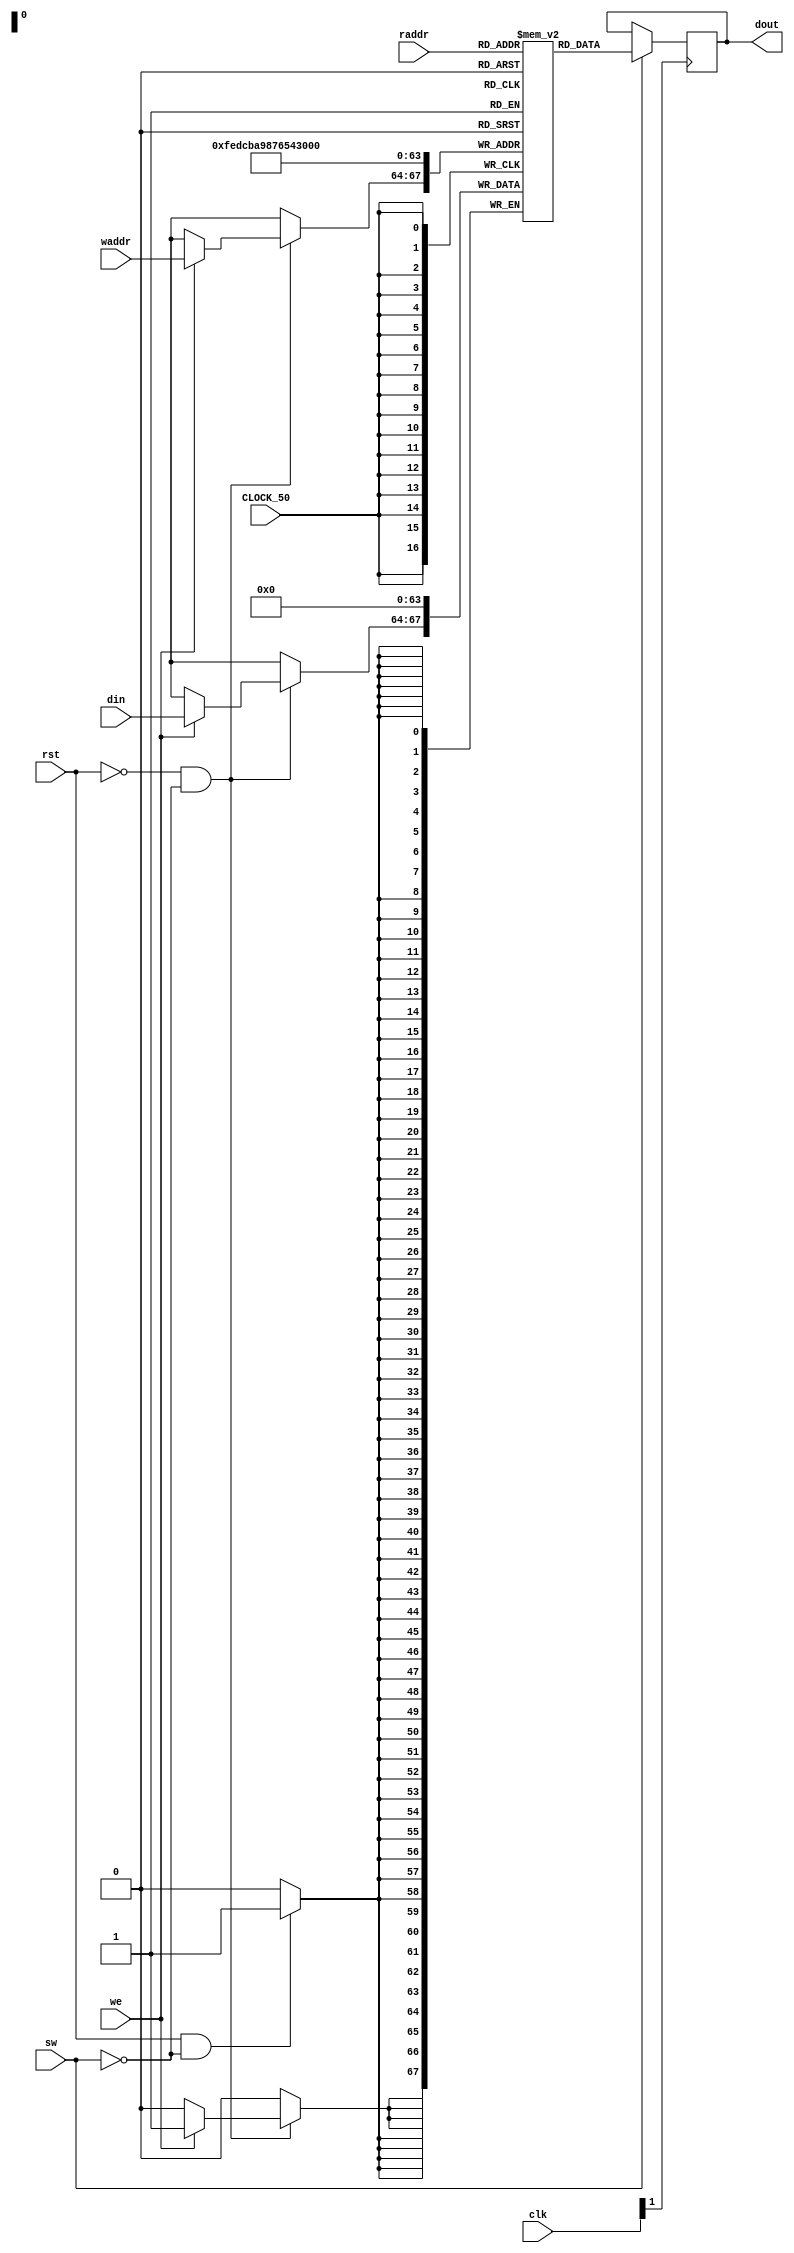
module my_ram (
   input [3:0]       clk,
	input 				CLOCK_50,
	input					rst,
	input					sw,
   input [3:0]      	raddr,
	input [3:0] 		waddr,
   input [3:0]       din,
   input             we,
   output reg [3:0]  dout
   );
   
   reg [3:0] arr [0:15];
	
	initial begin
		arr[0] = 4'b0;
		arr[1] = 4'b0;
		arr[2] = 4'b0;
		arr[3] = 4'b0;
		arr[4] = 4'b0;
		arr[5] = 4'b0;
		arr[6] = 4'b0;
		arr[7] = 4'b0;
		arr[8] = 4'b0;
		arr[9] = 4'b0;
		arr[10] = 4'b0;
		arr[11] = 4'b0;
		arr[12] = 4'b0;
		arr[13] = 4'b0;
		arr[14] = 4'b0;
		arr[15] = 4'b0;
		dout = 0;
	end
	
	always @(posedge CLOCK_50) begin
		if (rst == 1 && sw == 0) begin
			arr[0] <= 4'b0;
			arr[1] <= 4'b0;
			arr[2] <= 4'b0;
			arr[3] <= 4'b0;
			arr[4] <= 4'b0;
			arr[5] <= 4'b0;
			arr[6] <= 4'b0;
			arr[7] <= 4'b0;
			arr[8] <= 4'b0;
			arr[9] <= 4'b0;
			arr[10] <= 4'b0;
			arr[11] <= 4'b0;
			arr[12] <= 4'b0;
			arr[13] <= 4'b0;
			arr[14] <= 4'b0;
			arr[15] <= 4'b0;
		end
		if (rst == 0 && sw == 0)
			if (we == 1)
				arr[waddr] <= din;
	end	
		
	always @(posedge clk[1])
		if (sw == 1) 
			dout <= arr[raddr];    
   
endmodule